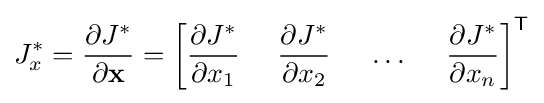
J_{x}^{\ast }={\frac {\partial J^{\ast }}{\partial \mathbf {x} }}=\left[{\frac {\partial J^{\ast }}{\partial x_{1}}}~~~~{\frac {\partial J^{\ast }}{\partial x_{2}}}~~~~\dots ~~~~{\frac {\partial J^{\ast }}{\partial x_{n}}}\right]^{\mathsf {T}}